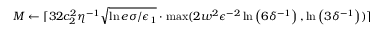
M \gets \lceil 3 2 c _ { 2 } ^ { 2 } \eta ^ { - 1 } \sqrt { \ln { e \sigma / \epsilon _ { 1 } } } \cdot \operatorname* { m a x } ( 2 w ^ { 2 } \epsilon ^ { - 2 } \ln \left( 6 \delta ^ { - 1 } \right) , \ln \left( 3 \delta ^ { - 1 } \right) ) \rceil